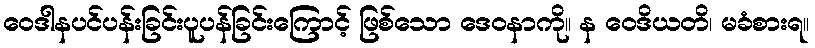
ဝေဒါနပင်ပန်းခြင်းပူပန်ခြင်းကြောင့် ဖြစ်သော ဒေဝနာကို။ န ဝေဒိယတိ၊ မခံစားရ။